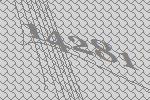
14281